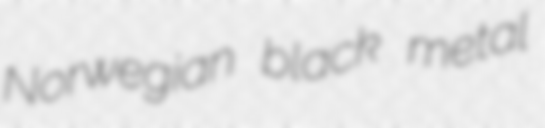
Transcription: Norwegian black metal